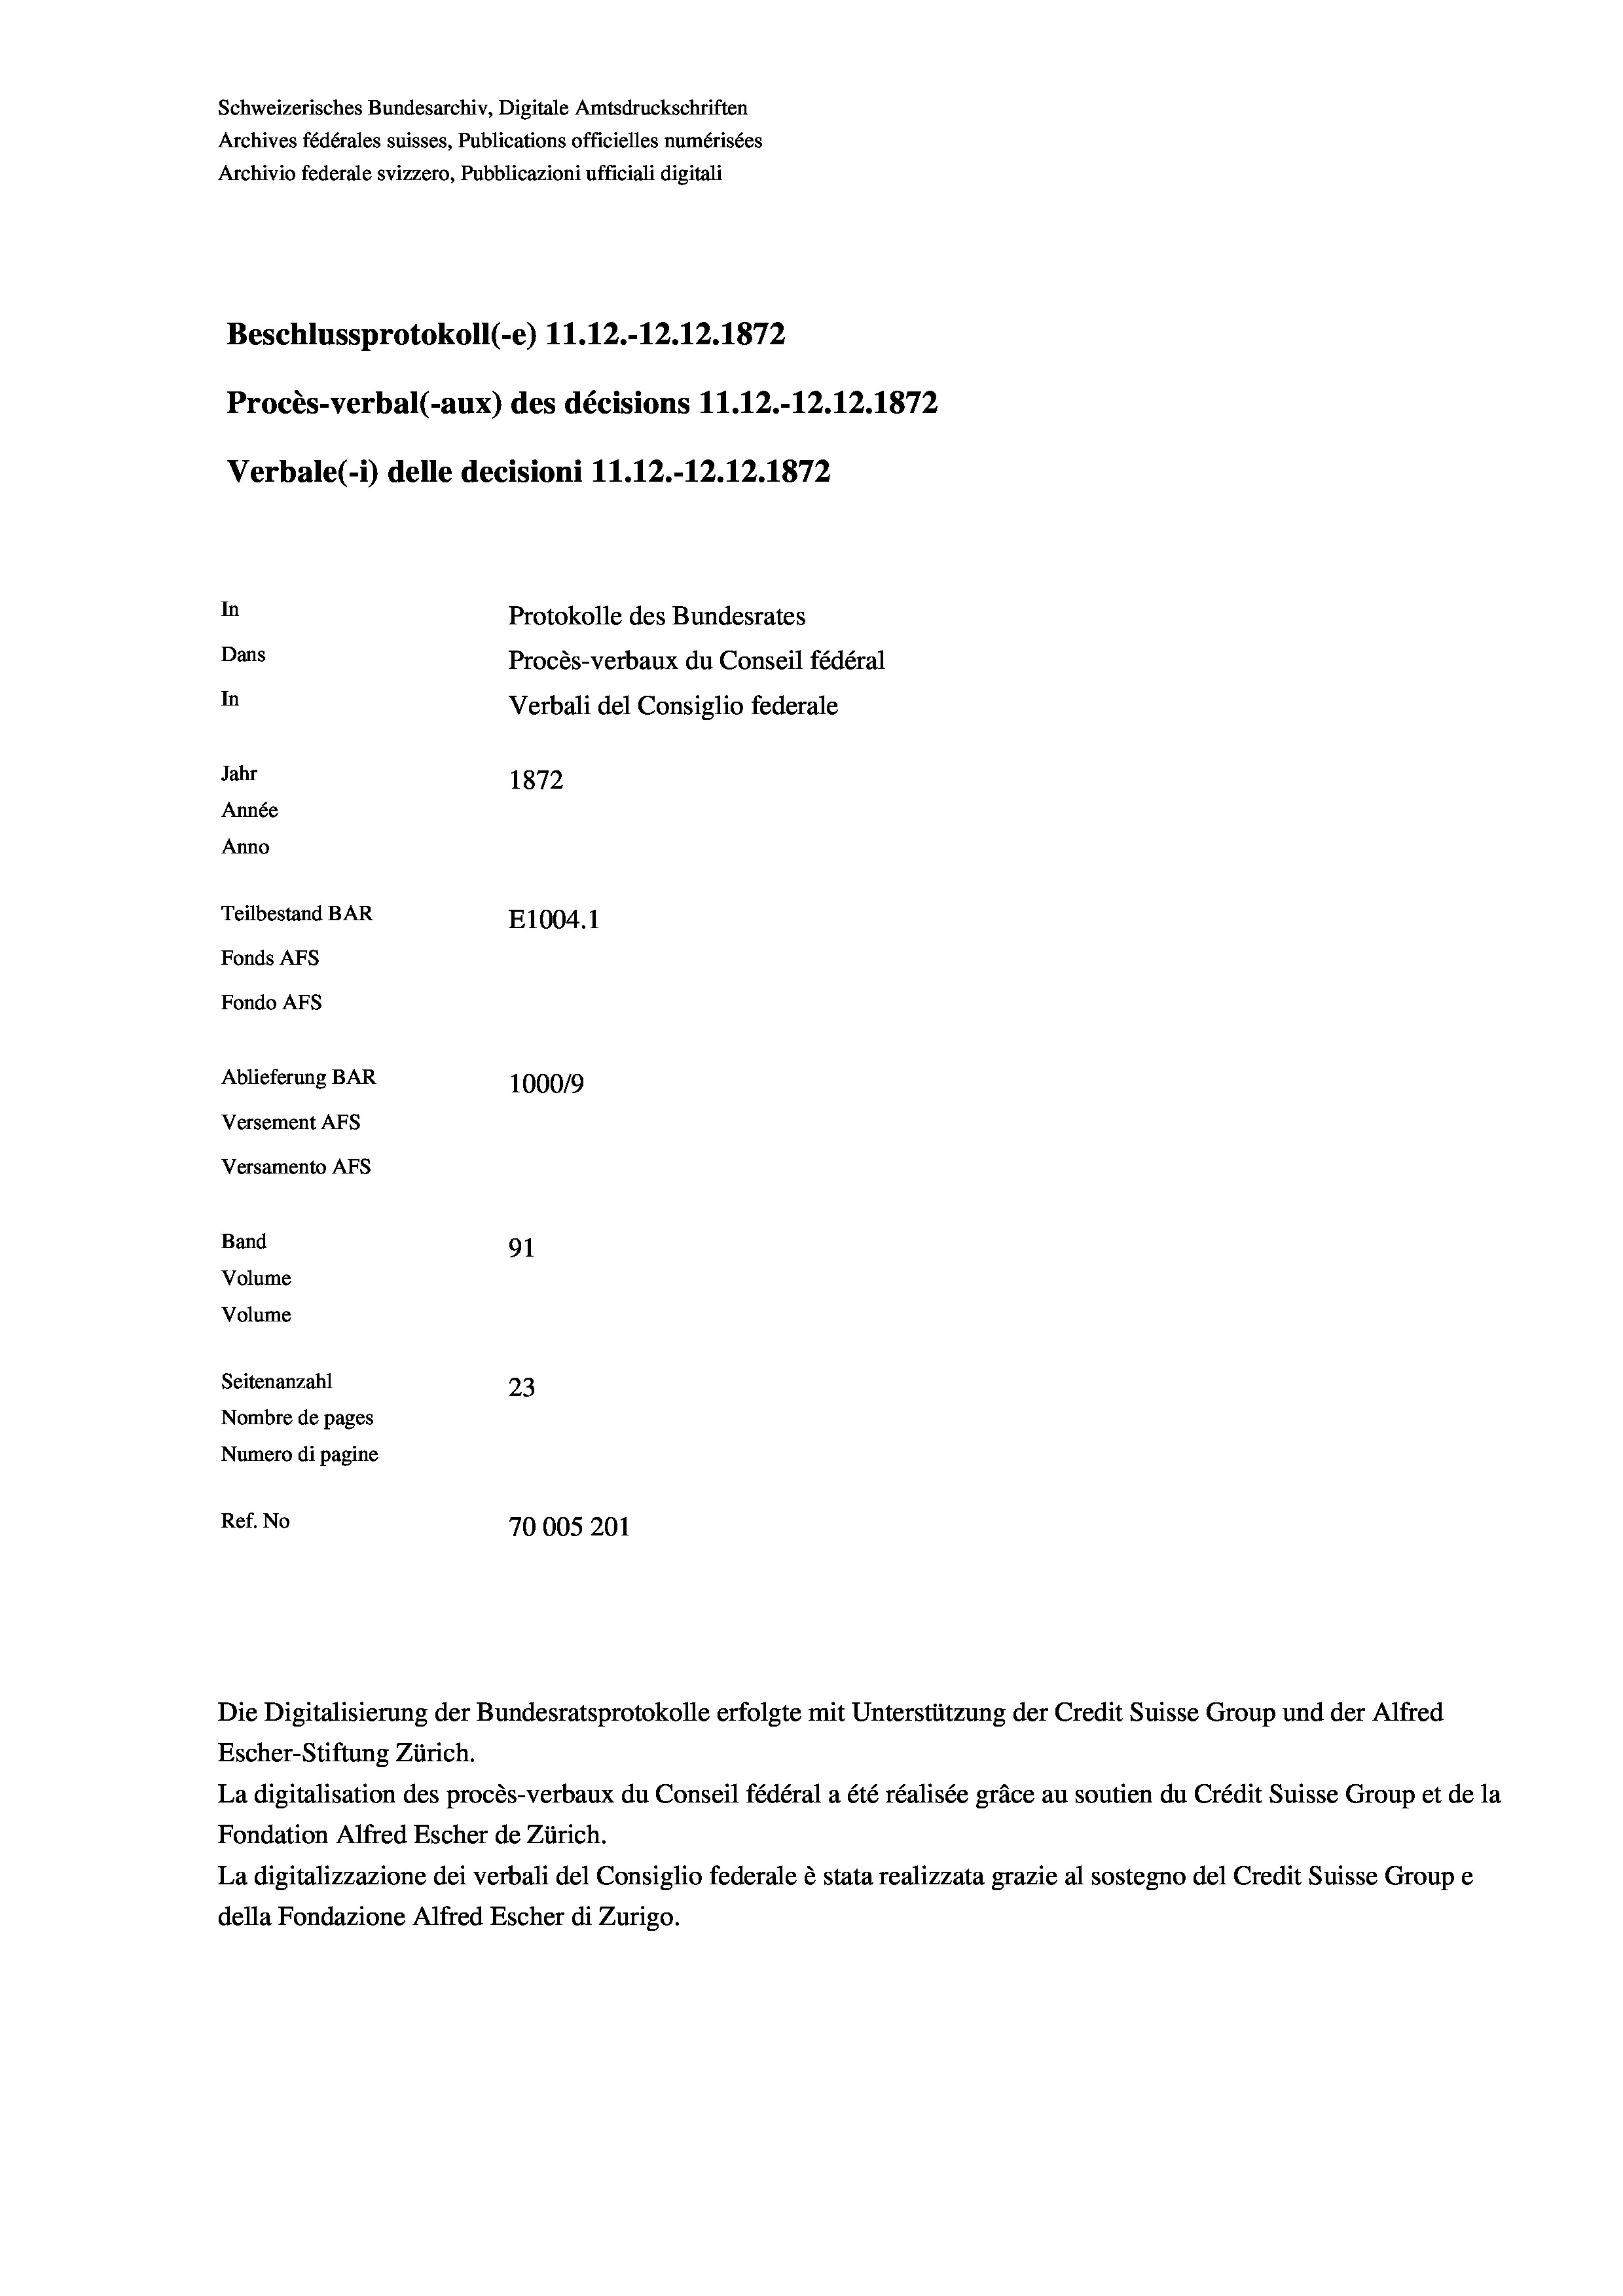
Beschlussprotokoll (e) 11.12.-12.12.1872
Procès-verbal (-aux) des décisions 11.12.-12.12.1872
Verbale (1) delle decisioni 11.12.-12. 12. 1872
In
Protokolle des Bundesrates
Dans
Procès-verbaux du Conseil fédéral
In
Verbali del Consiglio federale
Jahr
1872
Année
Anno
Teilbestand BAR
E1004. 1
Fonds AFs
Fondo AFs
Ablieferung BAR
100019
Versement AFS
Versamento AFS
Band
91

Volume
Volume
Seitenanzahl
23
Nombre de pages
Numero di pagine
Ref. No
70005201

Schweizerisches Bundesarchiv, Digitale Amtsdruckschriften
Archives fédérales suisses, Publications officielles numérisées
Archivio federale svizzero, Pubblicazioni ufficiali digitali

Die Digitalisierung der Bundesratsprotokolle erfolgte mit Unterstützung der Credit Suisse Group und der Alfred
Escher-Stiftung Zürich.
La digitalisation des procès-verbaux du Conseil fédéral a été réalisée gräce au soutien du Crédit Suisse Group et de la
Fondation Alfred Escher de Zürich.
La digitalizzazione dei verbali del Consiglio federale è stata realizzata grazie al sostegno del Credit Suisse Groupe
della Fondazione Alfred Escher di Zurigo.